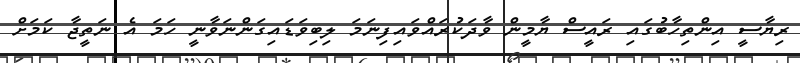
ރިޔާސީ އިންތިހާބުގައި ރައީސް ޔާމީން ވާދަކުރައްވައިފިނަމަ ލިބިވަޑައިގަންނަވާނީ ހަމަ އެ ނަތީޖާ ކަމަށް